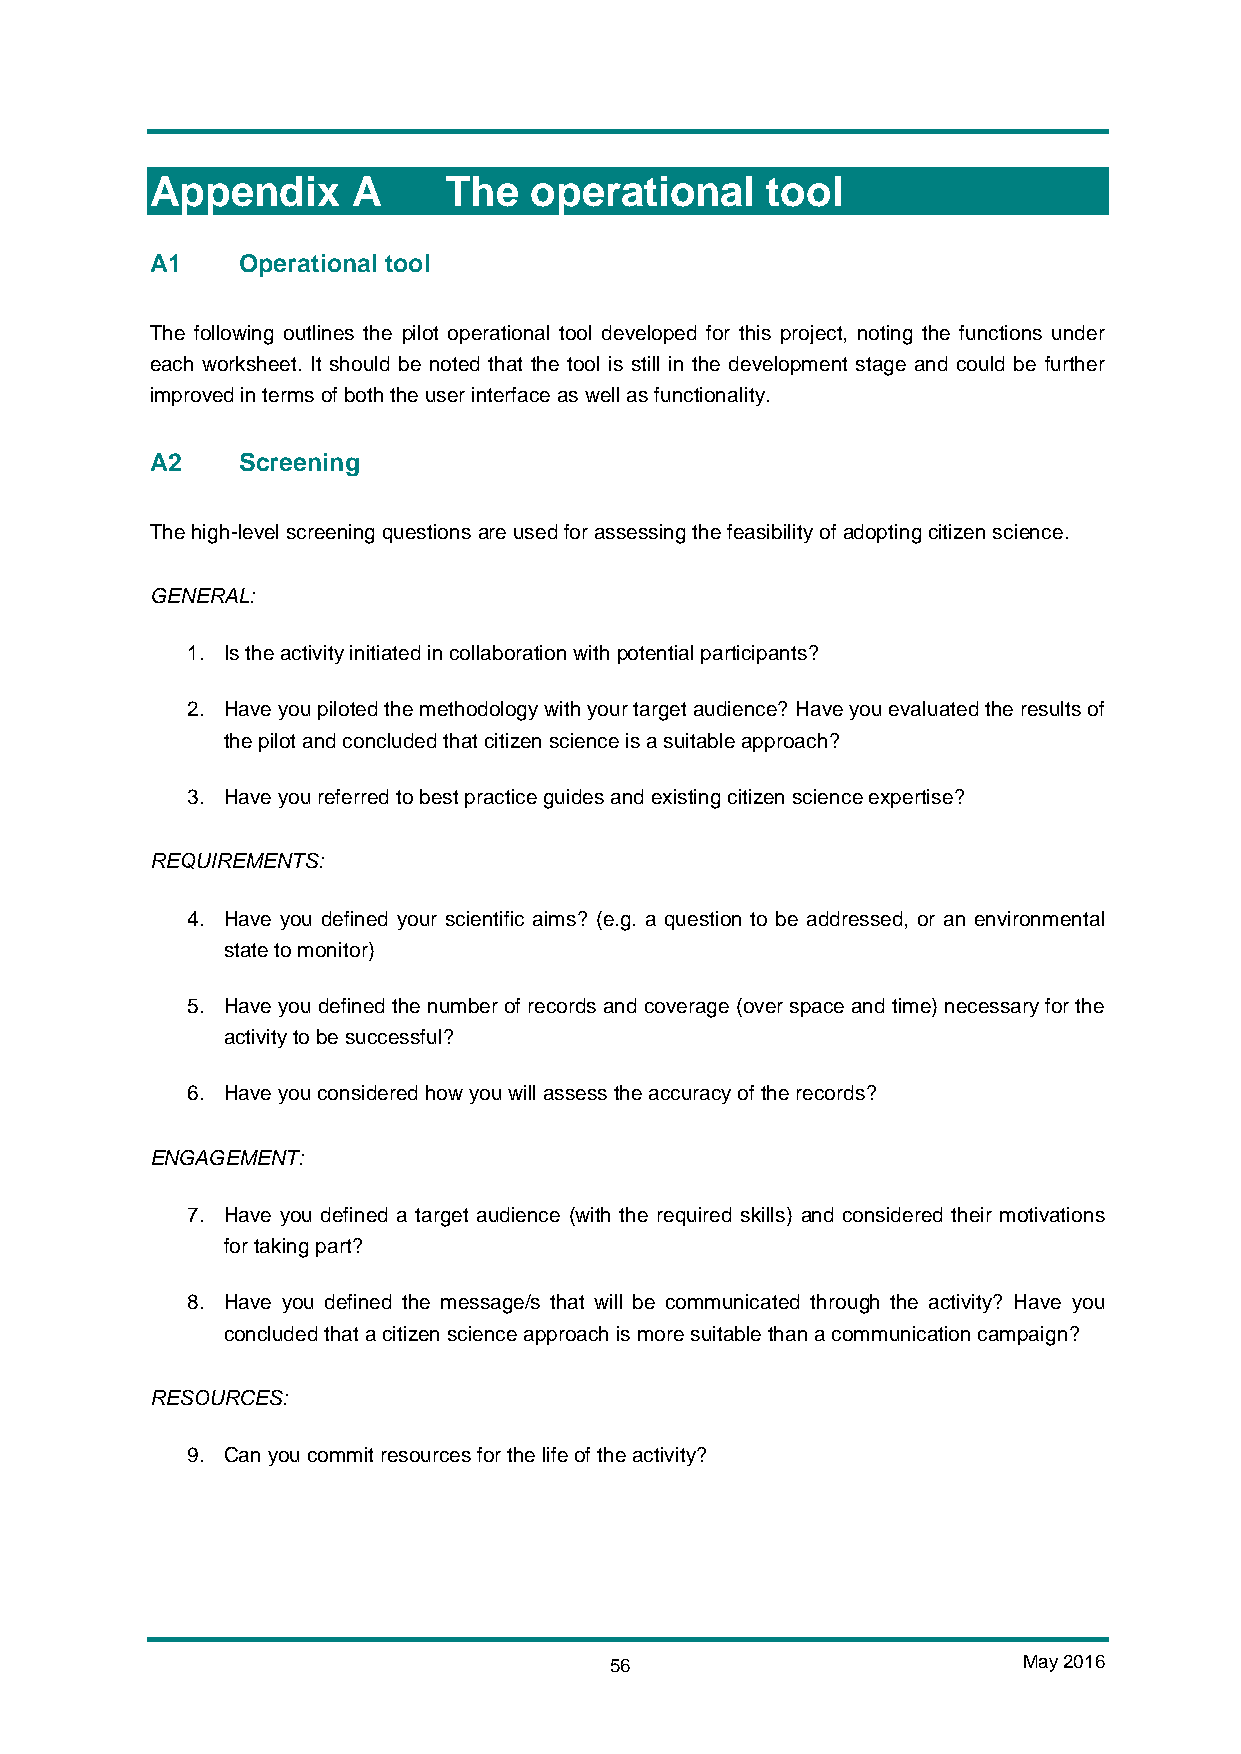
Appendix     A     The   operational     tool
 A1    Operational tool
 The following outlines the pilot operational tool developed for this project, noting the functions under
 each worksheet. It should be noted that the tool is still in the development stage and could be further
 improved in terms of both the user interface as well as functionality.
 A2    Screening
 The high-level screening questions are used for assessing the feasibility of adopting citizen science.
 GENERAL:
 1. Is the activity initiated in collaboration with potential participants?
 2. Have you piloted the methodology with your target audience? Have you evaluated the results of
 the pilot and concluded that citizen science is a suitable approach?
 3. Have you referred to best practice guides and existing citizen science expertise?
 REQUIREMENTS:
 4. Have you defined your scientific aims? (e.g. a question to be addressed, or an environmental
 state to monitor)
 5. Have you defined the number of records and coverage (over space and time) necessary for the
 activity to be successful?
 6. Have you considered how you will assess the accuracy of the records?
 ENGAGEMENT:
 7. Have you defined a target audience (with the required skills) and considered their motivations
 for taking part?
 8. Have you defined the message/s that will be communicated through the activity? Have you
 concluded that a citizen science approach is more suitable than a communication campaign?
 RESOURCES:
 9. Can you commit resources for the life of the activity?
 56                          May 2016